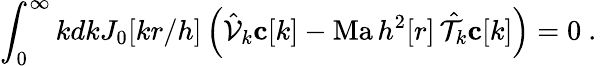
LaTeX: \int_{0}^{\infty}kdkJ_{0}[kr/h]\left(\hat{\mathcal{V}}_{k}\mathbf{c}[k]-\mathrm{Ma}\, h^{2}[r]\, \hat{\mathcal{T}}_{k}\mathbf{c}[k]\right)=0\ .\